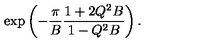
\exp \left( - \frac { \pi } { B } \frac { 1 + 2 Q ^ { 2 } B } { 1 - Q ^ { 2 } B } \right) .